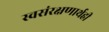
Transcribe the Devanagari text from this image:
स्वसंरक्षणार्थही